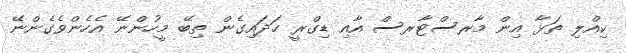
ކިއްލި ތަޅާ އިން މާރސްޓާރސް އާއި ޑިގްރީ ހަަދައިގެން ތިބޭ މީހުންނޭ އެހެންވެގެންނޭ